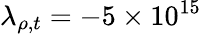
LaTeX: \lambda_{\rho,t}=-5\times 10^{15}